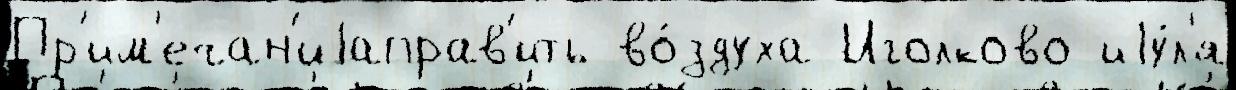
Пр'им'ечан'иjаправ'ить во́здуха Иголково иjу́л'я